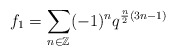
\begin{align*}f_1=\sum_{n\in \mathbb{Z}}^{}(-1)^{n}q^{\frac{n}{2}(3n-1)}\end{align*}